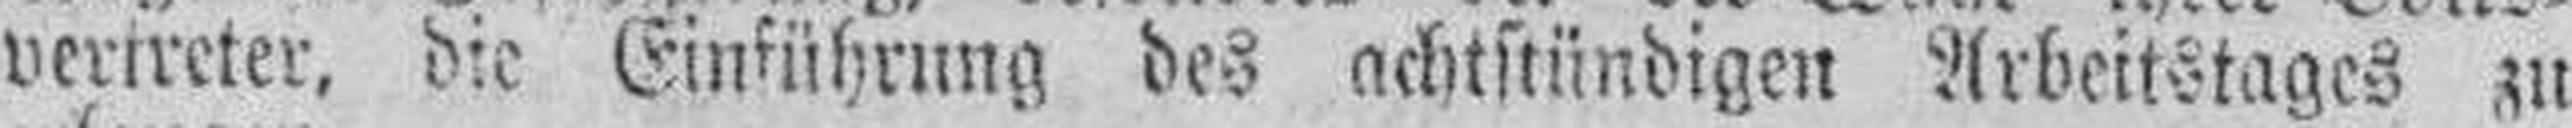
vertreter, die Einführung des achtstündigen Arbeitstages zu